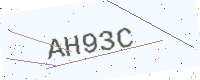
Text: AH93C